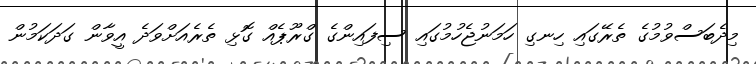
މިދެބަސްވުމުގެ ތެރޭގައި ހިނގި ހަމަނުޖެހުމުގައި ސިފައިންގެ ގްރޫޕެއް ގޮޅި ތެރެއަށްވަދެ އީވާން ގަދަކަމުން